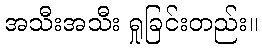
အသီးအသီး ရှုခြင်းတည်း။